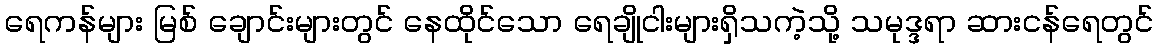
ရေကန်များ မြစ် ချောင်းများတွင် နေထိုင်သော ရေချိုငါးများရှိသကဲ့သို့ သမုဒ္ဒရာ ဆားငန်ရေတွင်